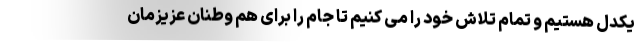
یکدل هستیم و تمام تلاش خود را می کنیم تا جام را برای هم وطنان عزیزمان